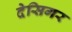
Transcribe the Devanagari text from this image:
देसिगर